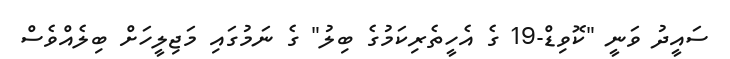
ސަައީދު ވަނީ "ކޮވިޑް-19 ގެ އެހީތެރިކަމުގެ ބިލު" ގެ ނަމުގައި މަޖިލީހަށް ބިލެއްވެސް